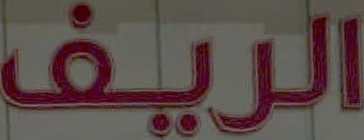
الريف